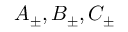
A _ { \pm } , B _ { \pm } , C _ { \pm }